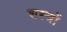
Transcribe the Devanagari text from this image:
शस्‍त्रों